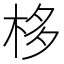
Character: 栘